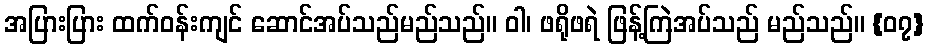
အပြားပြား ထက်ဝန်းကျင် ဆောင်အပ်သည်မည်သည်။ ဝါ၊ ဖရိုဖရဲ ဖြန့်ကြဲအပ်သည် မည်သည်။ {၀၇}